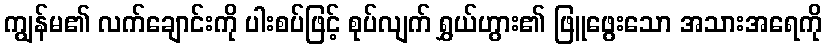
ကျွန်မ၏ လက်ချောင်းကို ပါးစပ်ဖြင့် စုပ်လျက် ရွှယ်ဟွား၏ ဖြူဖွေးသော အသားအရေကို